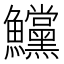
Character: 𩽳